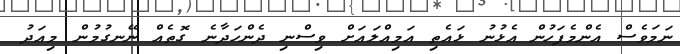
ނަމަވެސް އެންމެފަހުން އެޅުނު ޅައެތި އަމިއްލައަށް ވިސްނި ދެންހަދާނެ ގޮތެއް ނޭނގުމުން މިއަދު